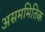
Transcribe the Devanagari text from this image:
असममितिक